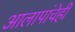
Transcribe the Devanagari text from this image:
आलापांचेही